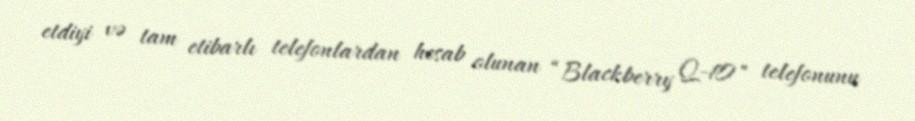
etdiyi və tam etibarlı telefonlardan hesab olunan “Blackberry Q-10" telefonunu